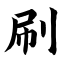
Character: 刷